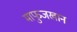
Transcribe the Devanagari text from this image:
माफुजखान